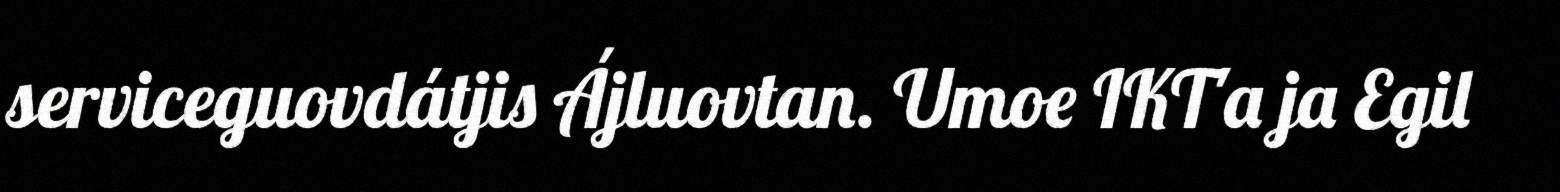
serviceguovdátjis Ájluovtan. Umoe IKT'a ja Egil